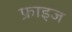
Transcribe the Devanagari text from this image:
फ्राइज